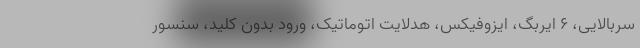
سربالایی، 6 ایربگ، ایزوفیکس، هدلایت اتوماتیک، ورود بدون کلید، سنسور